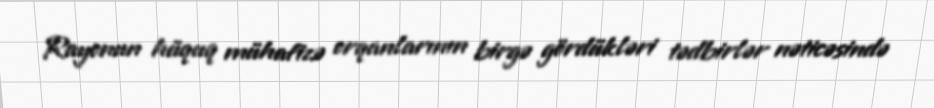
Rayonun hüquq mühafizə orqanlarının birgə gördükləri tədbirlər nəticəsində